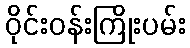
ဝိုင်းဝန်းကြိုးပမ်း